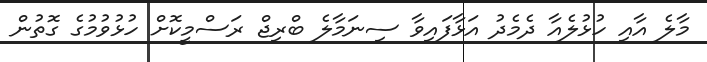
މާލެ އާއި ހުޅުލެއާ ދެމެދު އަޅާފައިވާ ސިނަމާލެ ބްރިޖް ރަސްމީކޮށް ހުޅުވުމުގެ ގޮތުން